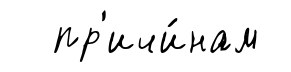
пр'ичи́нам